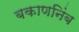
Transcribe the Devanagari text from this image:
बकाणनिंब